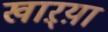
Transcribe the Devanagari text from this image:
खाऱ्य़ा